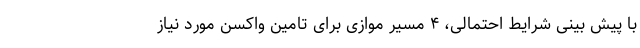
با پیش بینی شرایط احتمالی، ۴ مسیر موازی برای تامین واکسن مورد نیاز